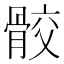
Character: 骹